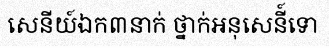
សេនីយ៍ឯក៣នាក់ ថ្នាក់អនុសេនី៍ទោ